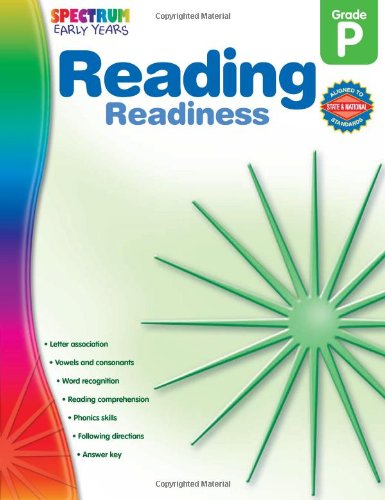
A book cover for Reading Readiness, Grade PK (Early Years); Spectrum; Children's Books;